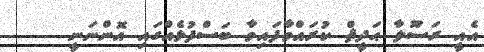
އެއީ ރަސޫލާ ޙަދީޘް ކުރައްވާފައިވާ ބަސްފުޅެއްގައި އޮންނަނީ